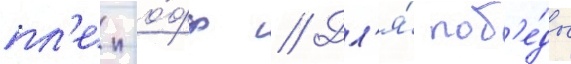
пл'еи-о́фф // Дл'я́ поб'е́ды